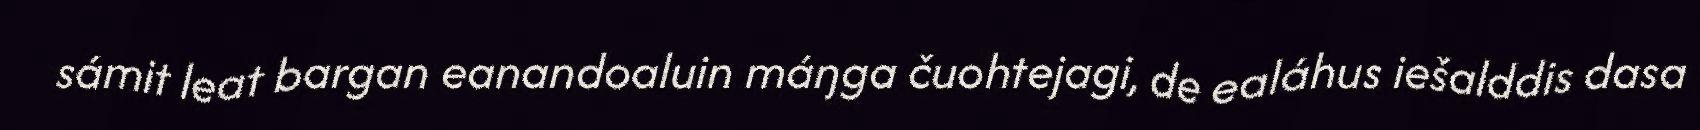
sámit leat bargan eanandoaluin máŋga čuohtejagi, de ealáhus iešalddis dasa